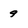
Character: 9